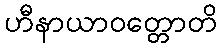
ဟီနာယာဝတ္တောတိ